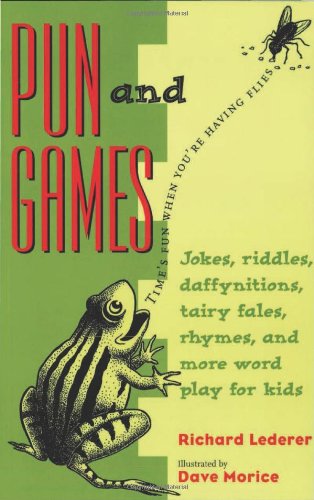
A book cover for Pun and Games: Jokes, Riddles, Daffynitions, Tairy Fales, Rhymes, and More Word Play for Kids; Richard Lederer; Humor & Entertainment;